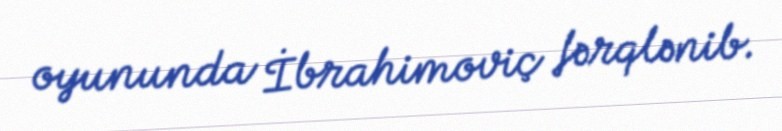
oyununda İbrahimoviç fərqlənib.